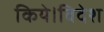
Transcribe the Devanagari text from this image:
किये।विदेश